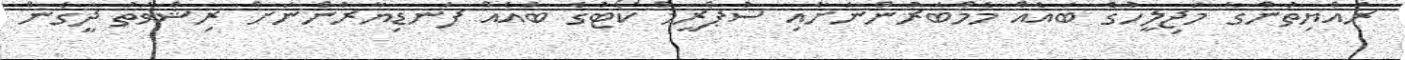
ރައްޔިތުންގެ މަޖިލީހުގެ ބައެއް މެމްބަރުންނަށާއި ސުޕްރީމް ކޯޓުގެ ބައެއް ފަނޑިޔާރުންނަށް ރިޝްވަތު ދީގެން